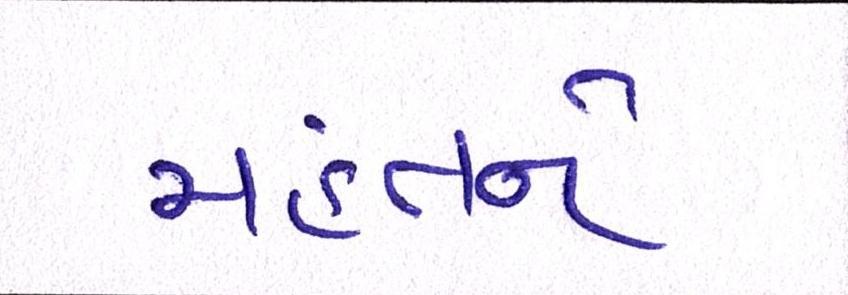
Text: મહંતને